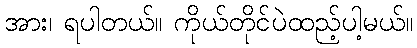
အား၊ ရပါတယ်။ ကိုယ်တိုင်ပဲထည့်ပါ့မယ်။